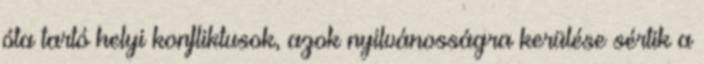
óta tartó helyi konfliktusok, azok nyilvánosságra kerülése sértik a